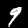
Digit: 9